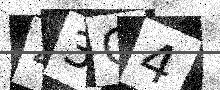
Text: 43G4